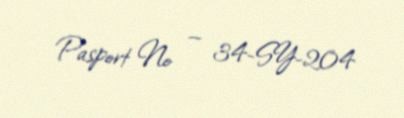
Pasport № — 34-SY-204